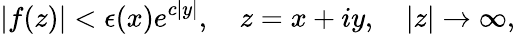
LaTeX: \left|f(z)\right|<\epsilon(x)e^{c\left|y\right|},\quad z=x+iy,\quad\left|z\right|\rightarrow\infty,